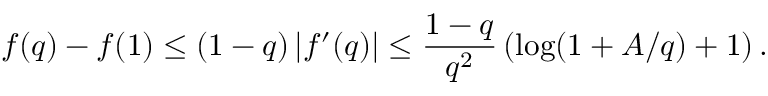
f ( q ) - f ( 1 ) \leq ( 1 - q ) \left| f ^ { \prime } ( q ) \right| \leq \frac { 1 - q } { q ^ { 2 } } \left( \log ( 1 + A / q ) + 1 \right) .